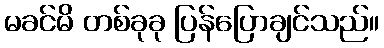
မခင်မိ တစ်ခုခု ပြန်ပြောချင်သည်။